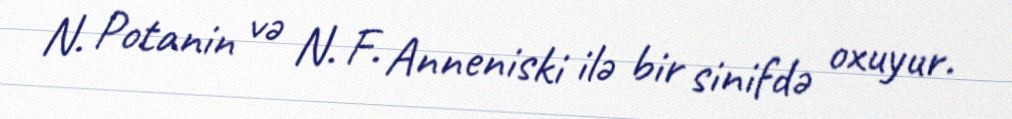
N. Potanin və N. F. Anneniski ilə bir sinifdə oxuyur.